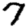
Digit: 7